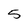
Character: 5